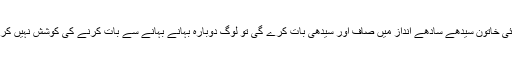
جب کوئی خاتون سیدھے سادھے انداز میں صاف اور سیدھی بات کرے گی تو لوگ دوبارہ بہانے بہانے سے بات کرنے کی کوشش نہیں کریں گے۔